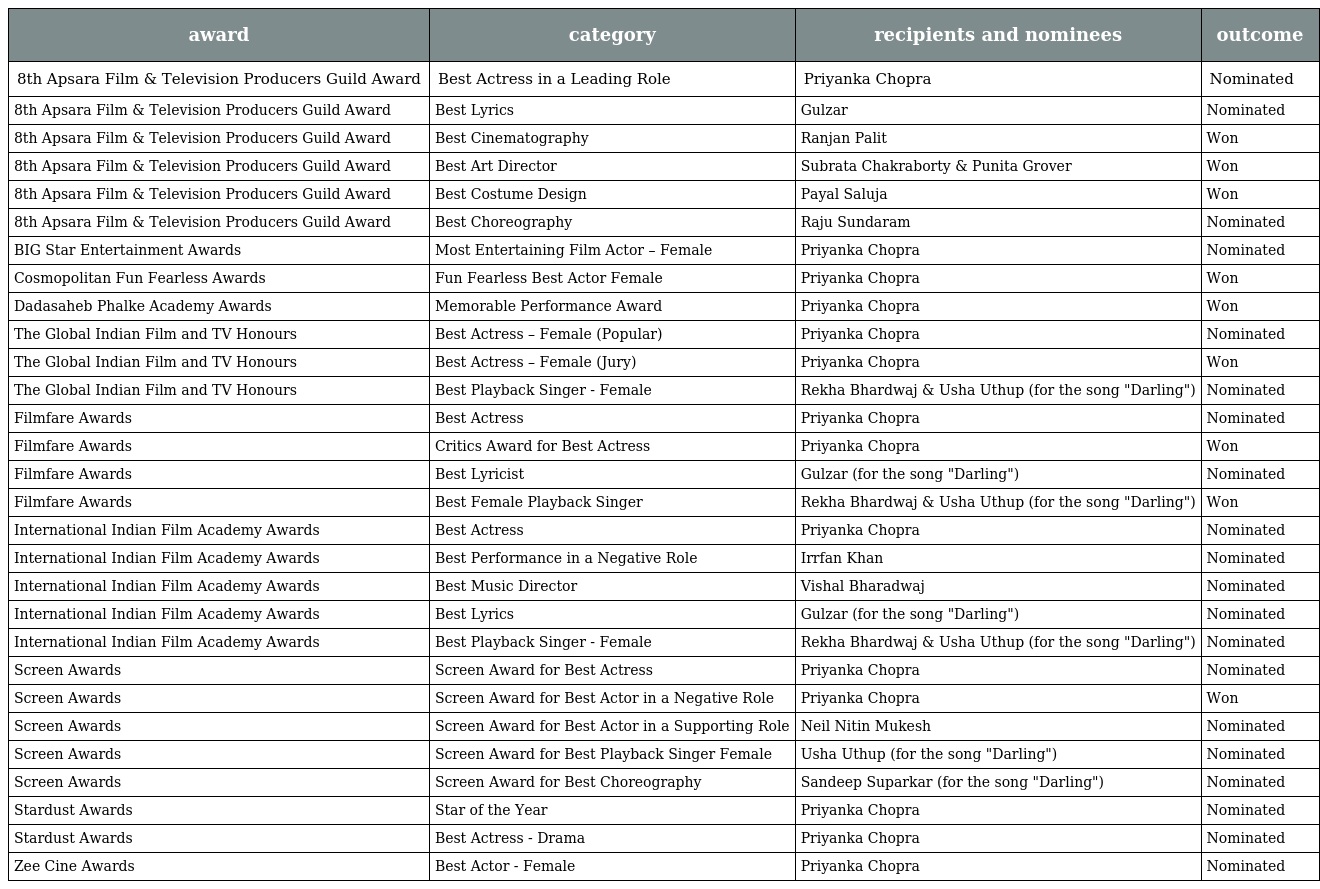
| award | category | recipients and nominees | outcome |
 | --- | --- | --- | --- |
 | 8th Apsara Film & Television Producers Guild Award | Best Actress in a Leading Role | Priyanka Chopra | Nominated |
 | 8th Apsara Film & Television Producers Guild Award | Best Lyrics | Gulzar | Nominated |
 | 8th Apsara Film & Television Producers Guild Award | Best Cinematography | Ranjan Palit | Won |
 | 8th Apsara Film & Television Producers Guild Award | Best Art Director | Subrata Chakraborty & Punita Grover | Won |
 | 8th Apsara Film & Television Producers Guild Award | Best Costume Design | Payal Saluja | Won |
 | 8th Apsara Film & Television Producers Guild Award | Best Choreography | Raju Sundaram | Nominated |
 | BIG Star Entertainment Awards | Most Entertaining Film Actor – Female | Priyanka Chopra | Nominated |
 | Cosmopolitan Fun Fearless Awards | Fun Fearless Best Actor Female | Priyanka Chopra | Won |
 | Dadasaheb Phalke Academy Awards | Memorable Performance Award | Priyanka Chopra | Won |
 | The Global Indian Film and TV Honours | Best Actress – Female (Popular) | Priyanka Chopra | Nominated |
 | The Global Indian Film and TV Honours | Best Actress – Female (Jury) | Priyanka Chopra | Won |
 | The Global Indian Film and TV Honours | Best Playback Singer - Female | Rekha Bhardwaj & Usha Uthup (for the song "Darling") | Nominated |
 | Filmfare Awards | Best Actress | Priyanka Chopra | Nominated |
 | Filmfare Awards | Critics Award for Best Actress | Priyanka Chopra | Won |
 | Filmfare Awards | Best Lyricist | Gulzar (for the song "Darling") | Nominated |
 | Filmfare Awards | Best Female Playback Singer | Rekha Bhardwaj & Usha Uthup (for the song "Darling") | Won |
 | International Indian Film Academy Awards | Best Actress | Priyanka Chopra | Nominated |
 | International Indian Film Academy Awards | Best Performance in a Negative Role | Irrfan Khan | Nominated |
 | International Indian Film Academy Awards | Best Music Director | Vishal Bharadwaj | Nominated |
 | International Indian Film Academy Awards | Best Lyrics | Gulzar (for the song "Darling") | Nominated |
 | International Indian Film Academy Awards | Best Playback Singer - Female | Rekha Bhardwaj & Usha Uthup (for the song "Darling") | Nominated |
 | Screen Awards | Screen Award for Best Actress | Priyanka Chopra | Nominated |
 | Screen Awards | Screen Award for Best Actor in a Negative Role | Priyanka Chopra | Won |
 | Screen Awards | Screen Award for Best Actor in a Supporting Role | Neil Nitin Mukesh | Nominated |
 | Screen Awards | Screen Award for Best Playback Singer Female | Usha Uthup (for the song "Darling") | Nominated |
 | Screen Awards | Screen Award for Best Choreography | Sandeep Suparkar (for the song "Darling") | Nominated |
 | Stardust Awards | Star of the Year | Priyanka Chopra | Nominated |
 | Stardust Awards | Best Actress - Drama | Priyanka Chopra | Nominated |
 | Zee Cine Awards | Best Actor - Female | Priyanka Chopra | Nominated |